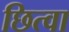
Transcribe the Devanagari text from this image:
छित्वा